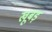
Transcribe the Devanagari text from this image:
खूबड़